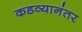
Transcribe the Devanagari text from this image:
कडव्यानंतर